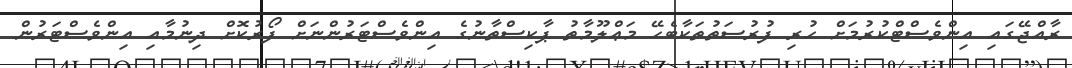
ރާއްޖޭގައި އިންވެސްޓްކުރުމަށް ހުރި ފުރުސަތުތަކާބެހޭ މަޢްލޫމާތު ޕާކިސްތާނުގެ އިންވެސްޓަރުންނަށް ފޯރުކޮށް ދިނުމާއި އިންވެސްޓަރުން